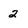
Character: 2